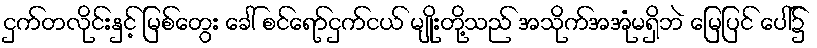
ငှက်တလိုင်းနှင့် မြစ်တွေး ခေါ် စင်ရော်ငှက်ငယ် မျိုးတို့သည် အသိုက်အအုံမရှိဘဲ မြေပြင် ပေါ်၌